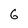
Character: 6